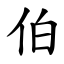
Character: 伯